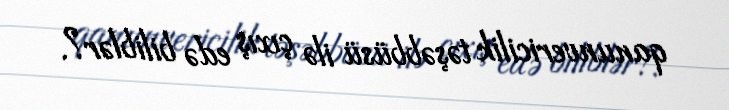
qanunvericilik təşəbbüsü ilə çıxış edə biliblər?.